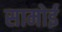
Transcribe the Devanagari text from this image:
सामोई